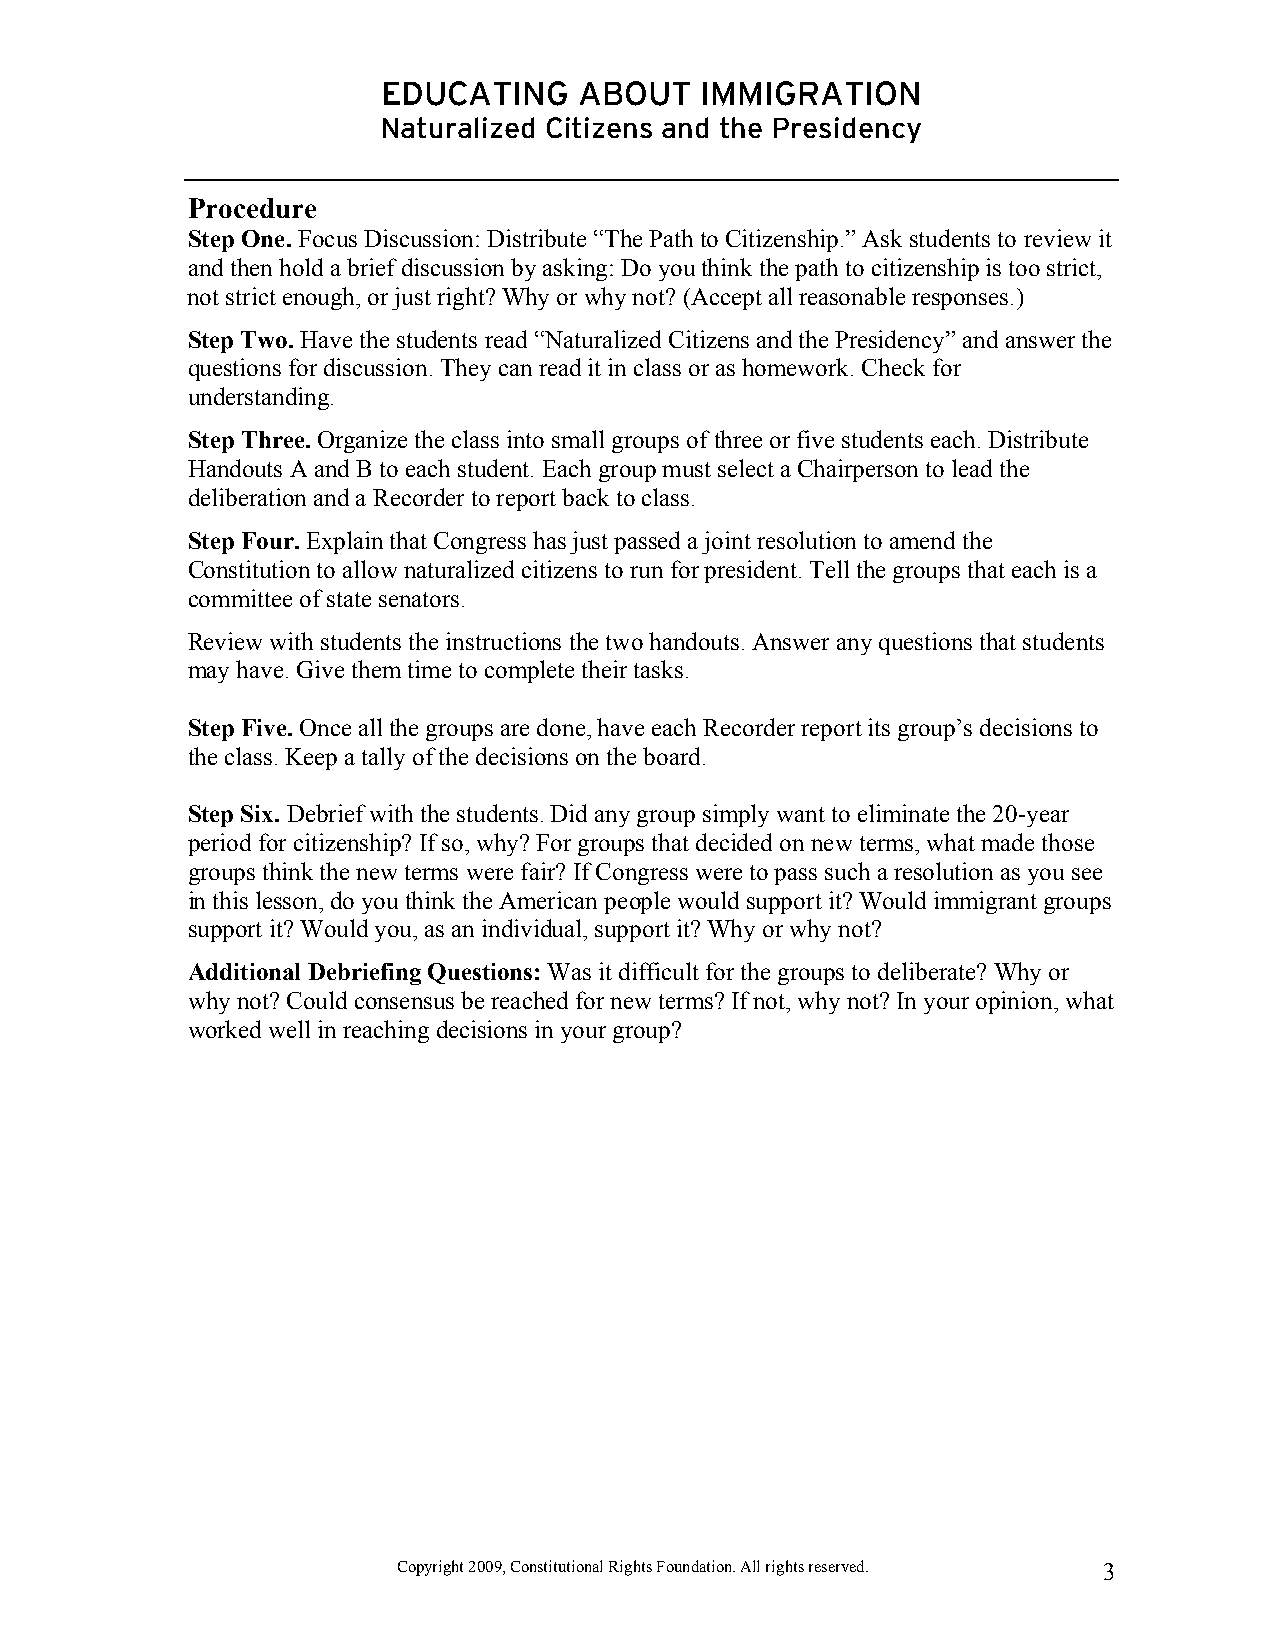
EDUCATING    ABOUT   IMMIGRATION
 Naturalized Citizens and the Presidency
 Procedure
 Step One. Focus Discussion: Distribute “The Path to Citizenship.” Ask students to review it
 and then hold a brief discussion by asking: Do you think the path to citizenship is too strict,
 not strict enough, or just right? Why or why not? (Accept all reasonable responses.)
 Step Two. Have the students read “Naturalized Citizens and the Presidency” and answer the
 questions for discussion. They can read it in class or as homework. Check for
 understanding.
 Step Three. Organize the class into small groups of three or five students each. Distribute
 Handouts A and B to each student. Each group must select a Chairperson to lead the
 deliberation and a Recorder to report back to class.
 Step Four. Explain that Congress has just passed a joint resolution to amend the
 Constitution to allow naturalized citizens to run for president. Tell the groups that each is a
 committee of state senators.
 Review with students the instructions the two handouts. Answer any questions that students
 may have. Give them time to complete their tasks.
 Step Five. Once all the groups are done, have each Recorder report its group’s decisions to
 the class. Keep a tally of the decisions on the board.
 Step Six. Debrief with the students. Did any group simply want to eliminate the 20-year
 period for citizenship? If so, why? For groups that decided on new terms, what made those
 groups think the new terms were fair? If Congress were to pass such a resolution as you see
 in this lesson, do you think the American people would support it? Would immigrant groups
 support it? Would you, as an individual, support it? Why or why not?
 Additional Debriefing Questions: Was it difficult for the groups to deliberate? Why or
 why not? Could consensus be reached for new terms? If not, why not? In your opinion, what
 worked well in reaching decisions in your group?
 Copyright 2009, Constitutional Rights Foundation. All rights reserved. 3